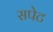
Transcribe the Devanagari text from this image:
सपेट